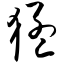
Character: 猛